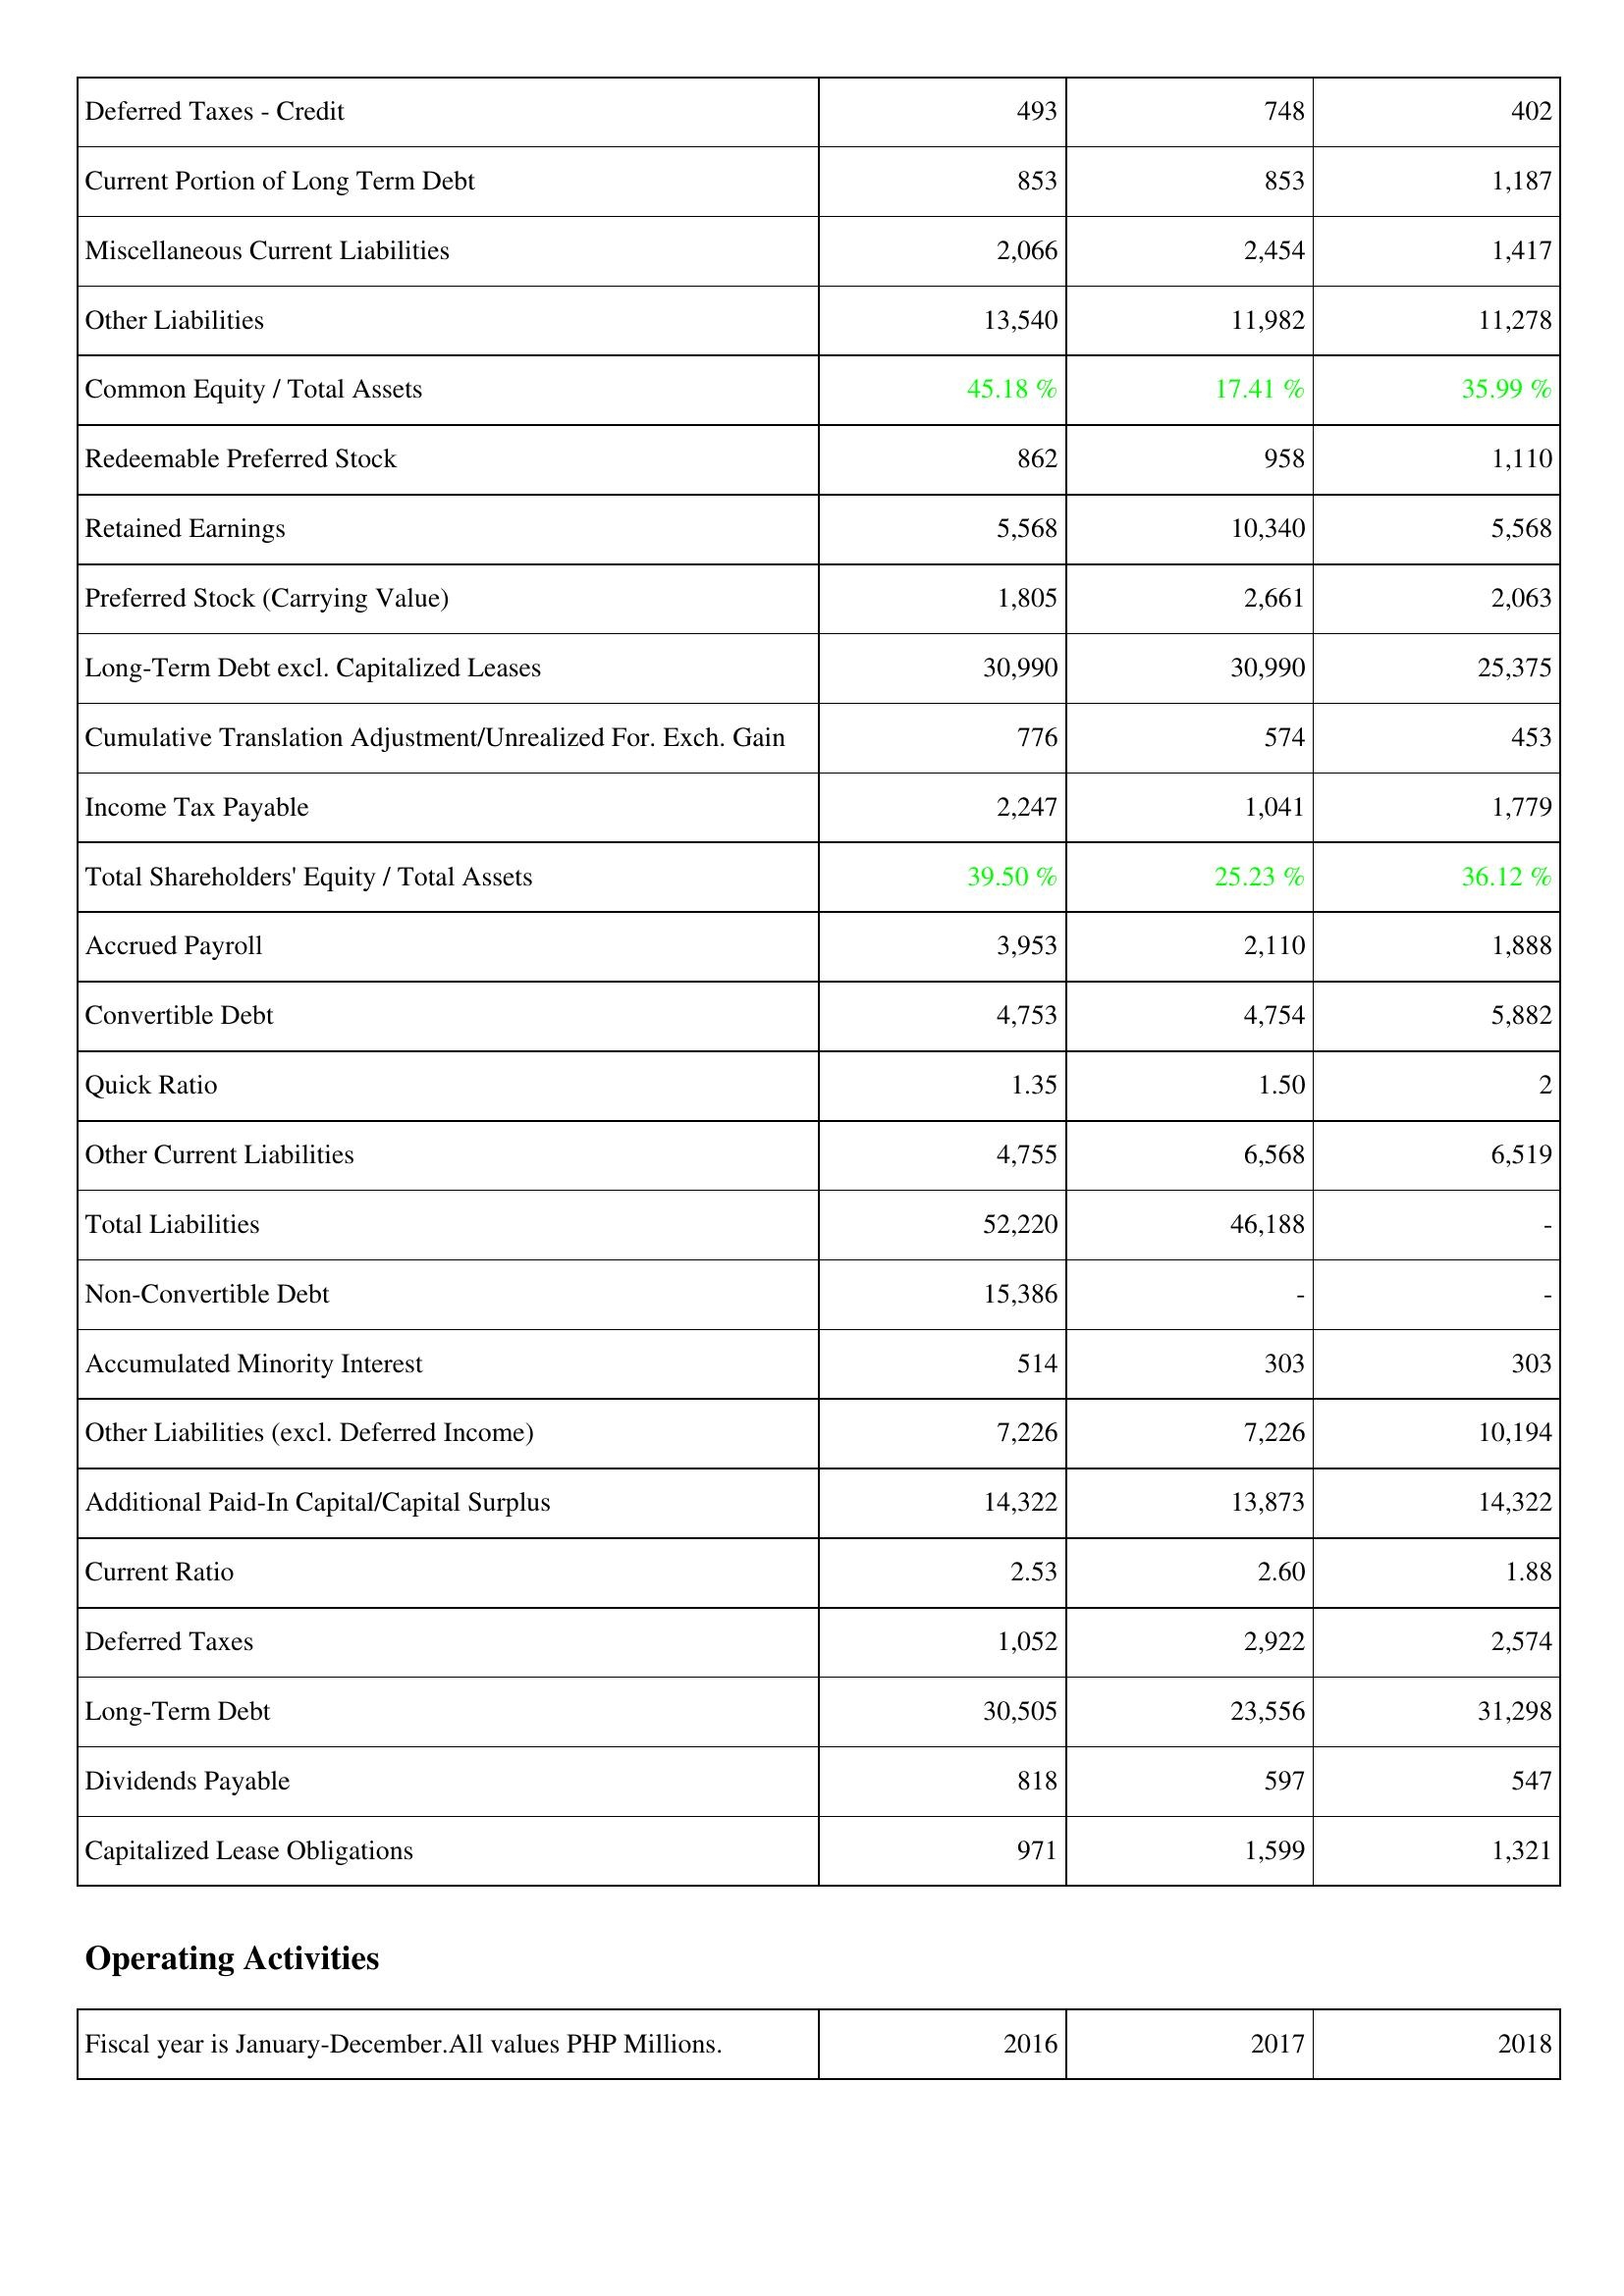
2016: Liabilities & Shareholders' Equity: Deferred Taxes - Credit: 493
Current Portion of Long Term Debt: 853
Miscellaneous Current Liabilities: 2,066
Other Liabilities: 13,540
Common Equity / Total Assets: 45.18 %
Redeemable Preferred Stock: 862
Retained Earnings: 5,568
Preferred Stock (Carrying Value): 1,805
Long-Term Debt excl. Capitalized Leases: 30,990
Cumulative Translation Adjustment/Unrealized For. Exch. Gain: 776
Income Tax Payable: 2,247
Total Shareholders' Equity / Total Assets: 39.50 %
Accrued Payroll: 3,953
Convertible Debt: 4,753
Quick Ratio: 1.35
Other Current Liabilities: 4,755
Total Liabilities: 52,220
Non-Convertible Debt: 15,386
Accumulated Minority Interest: 514
Other Liabilities (excl. Deferred Income): 7,226
Additional Paid-In Capital/Capital Surplus: 14,322
Current Ratio: 2.53
Deferred Taxes: 1,052
Long-Term Debt: 30,505
Dividends Payable: 818
Capitalized Lease Obligations: 971
2017: Liabilities & Shareholders' Equity: Deferred Taxes - Credit: 748
Current Portion of Long Term Debt: 853
Miscellaneous Current Liabilities: 2,454
Other Liabilities: 11,982
Common Equity / Total Assets: 17.41 %
Redeemable Preferred Stock: 958
Retained Earnings: 10,340
Preferred Stock (Carrying Value): 2,661
Long-Term Debt excl. Capitalized Leases: 30,990
Cumulative Translation Adjustment/Unrealized For. Exch. Gain: 574
Income Tax Payable: 1,041
Total Shareholders' Equity / Total Assets: 25.23 %
Accrued Payroll: 2,110
Convertible Debt: 4,754
Quick Ratio: 1.50
Other Current Liabilities: 6,568
Total Liabilities: 46,188
Non-Convertible Debt: -
Accumulated Minority Interest: 303
Other Liabilities (excl. Deferred Income): 7,226
Additional Paid-In Capital/Capital Surplus: 13,873
Current Ratio: 2.60
Deferred Taxes: 2,922
Long-Term Debt: 23,556
Dividends Payable: 597
Capitalized Lease Obligations: 1,599
2018: Liabilities & Shareholders' Equity: Deferred Taxes - Credit: 402
Current Portion of Long Term Debt: 1,187
Miscellaneous Current Liabilities: 1,417
Other Liabilities: 11,278
Common Equity / Total Assets: 35.99 %
Redeemable Preferred Stock: 1,110
Retained Earnings: 5,568
Preferred Stock (Carrying Value): 2,063
Long-Term Debt excl. Capitalized Leases: 25,375
Cumulative Translation Adjustment/Unrealized For. Exch. Gain: 453
Income Tax Payable: 1,779
Total Shareholders' Equity / Total Assets: 36.12 %
Accrued Payroll: 1,888
Convertible Debt: 5,882
Quick Ratio: 2
Other Current Liabilities: 6,519
Total Liabilities: -
Non-Convertible Debt: -
Accumulated Minority Interest: 303
Other Liabilities (excl. Deferred Income): 10,194
Additional Paid-In Capital/Capital Surplus: 14,322
Current Ratio: 1.88
Deferred Taxes: 2,574
Long-Term Debt: 31,298
Dividends Payable: 547
Capitalized Lease Obligations: 1,321